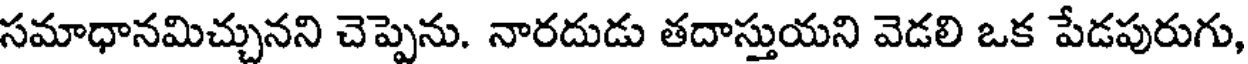
సమాధానమిచ్చునని చెప్పెను. నారదుడు తదాస్తుయని వెడలి ఒక పేడపురుగు,